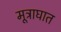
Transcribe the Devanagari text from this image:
मूत्राघात